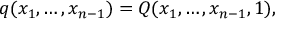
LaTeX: q ( x _ { 1 } , \ldots , x _ { n - 1 } ) = Q ( x _ { 1 } , \ldots , x _ { n - 1 } , 1 ) ,